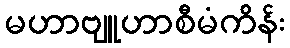
မဟာဗျူဟာစီမံကိန်း